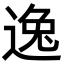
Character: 逸